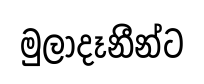
මුලාදෑනීන්ට